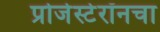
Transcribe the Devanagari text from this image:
प्रोजेस्टेरॉनचा